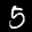
Label: 5